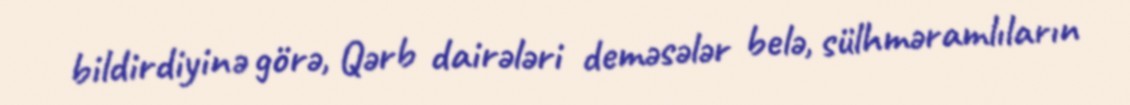
bildirdiyinə görə, Qərb dairələri deməsələr belə, sülhməramlıların